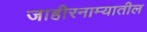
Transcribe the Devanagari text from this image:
जाहीरनाम्यातील